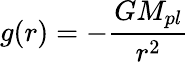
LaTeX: g(r)=-\frac{GM_{{pl}}}{r^{2}}